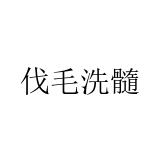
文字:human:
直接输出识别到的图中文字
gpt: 伐毛洗髓